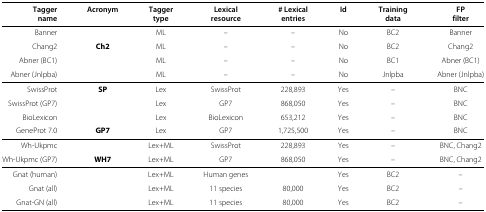
<table><thead><tr><td><b>Tagger</b></td><td><b>Acronym</b></td><td><b>Tagger</b></td><td><b>Lexical</b></td><td><b># Lexical</b></td><td><b>Id</b></td><td><b>Training</b></td><td><b>FP</b></td></tr><tr><td><b>name</b></td><td><b> </b></td><td><b>type</b></td><td><b>resource</b></td><td><b>entries</b></td><td><b> </b></td><td><b>data</b></td><td><b>filter</b></td></tr></thead><tbody><tr><td>Banner</td><td> </td><td>ML</td><td>–</td><td>–</td><td>No</td><td>BC2</td><td>Banner</td></tr><tr><td>Chang2</td><td><b>Ch2</b></td><td>ML</td><td>–</td><td>–</td><td>No</td><td>BC2</td><td>Chang2</td></tr><tr><td>Abner (BC1)</td><td> </td><td>ML</td><td>–</td><td>–</td><td>No</td><td>BC1</td><td>Abner (BC1)</td></tr><tr><td>Abner (Jnlpba)</td><td> </td><td>ML</td><td>–</td><td>–</td><td>No</td><td>Jnlpba</td><td>Abner (Jnlpba)</td></tr><tr><td>SwissProt</td><td><b>SP</b></td><td>Lex</td><td>SwissProt</td><td>228,893</td><td>Yes</td><td>–</td><td>BNC</td></tr><tr><td>SwissProt (GP7)</td><td> </td><td>Lex</td><td>GP7</td><td>868,050</td><td>Yes</td><td>–</td><td>BNC</td></tr><tr><td>BioLexicon</td><td> </td><td>Lex</td><td>BioLexicon</td><td>653,212</td><td>Yes</td><td>–</td><td>BNC</td></tr><tr><td>GeneProt 7.0</td><td><b>GP7</b></td><td>Lex</td><td>GP7</td><td>1,725,500</td><td>Yes</td><td>–</td><td>BNC</td></tr><tr><td>Wh-Ukpmc</td><td> </td><td>Lex+ML</td><td>SwissProt</td><td>228,893</td><td>Yes</td><td>–</td><td>BNC, Chang2</td></tr><tr><td>Wh-Ukpmc (GP7)</td><td><b>WH7</b></td><td>Lex+ML</td><td>GP7</td><td>868,050</td><td>Yes</td><td>–</td><td>BNC, Chang2</td></tr><tr><td>Gnat (human)</td><td> </td><td>Lex+ML</td><td>Human genes</td><td> </td><td>Yes</td><td>BC2</td><td>–</td></tr><tr><td>Gnat (all)</td><td> </td><td>Lex+ML</td><td>11 species</td><td>80,000</td><td>Yes</td><td>BC2</td><td>–</td></tr><tr><td>Gnat-GN (all)</td><td> </td><td>Lex+ML</td><td>11 species</td><td>80,000</td><td>Yes</td><td>BC2</td><td>–</td></tr></tbody></table>